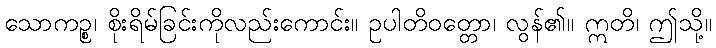
သောကဉ္စ၊ စိုးရိမ်ခြင်းကိုလည်းကောင်း။ ဥပါတိဝတ္တော၊ လွန်၏။ ဣတိ၊ ဤသို့။